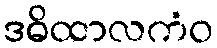
ဒဓိထာလကံဝ